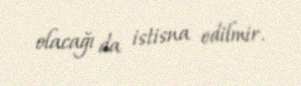
olacağı da istisna edilmir.